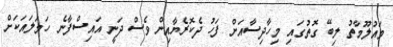
މައުލޫމާތު ލިބޭ ގޮތުގައި މިހާދިސާއަށް ފަހު ދެކޮރެޔާއިން ވެސް ދަނީ އައިސްފާނެ ހަމަލައަކަށް